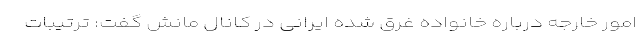
امور خارجه درباره خانواده غرق شده ایرانی در کانال مانش گفت: ترتیبات